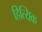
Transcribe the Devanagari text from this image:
हित्यिक